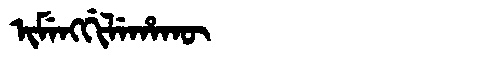
Manchu: ᡳᠮᡝᠩᡤᡳᠯᡝᡥᠠᡴᡡ
Romanization: IMENGGILEHAKŪ